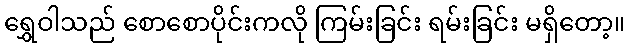
ရွှေဝါသည် စောစောပိုင်းကလို ကြမ်းခြင်း ရမ်းခြင်း မရှိတော့။